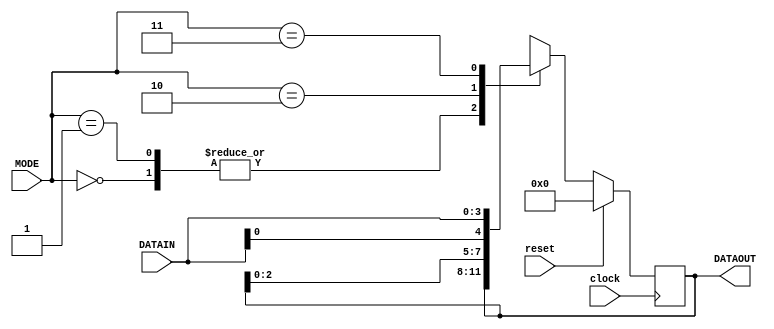
module universal_shift_reg(DATAOUT, clock, reset, MODE, DATAIN);
  output reg [3:0] DATAOUT;
  input clock, reset;
  input [1:0] MODE;
  input [3:0] DATAIN;
always @(posedge clock)
  begin
    if(reset)
      DATAOUT <= 0;
    else
      begin
        case(MODE)
          2'b00 : DATAOUT <= DATAOUT;     
          2'b01 : DATAOUT <= {DATAIN[0], DATAOUT[3:0]};
          2'b10 : DATAOUT <= {DATAOUT[2:0], DATAIN[0]};
          2'b11 : DATAOUT <= DATAIN;    
        endcase
      end
  end
endmodule